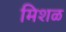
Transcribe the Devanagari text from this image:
मिशळ